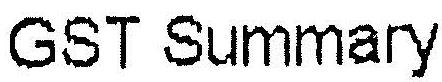
GST SUMMARY